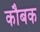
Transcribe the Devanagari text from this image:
कौबक